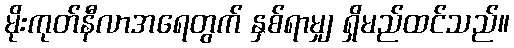
မိုးကုတ်နီလာအရေတွက် နှစ်ရာမျှ ရှိမည်ထင်သည်။